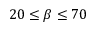
2 0 \leq \beta \leq 7 0